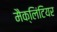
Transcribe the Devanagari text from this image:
मैक्लिंटियर